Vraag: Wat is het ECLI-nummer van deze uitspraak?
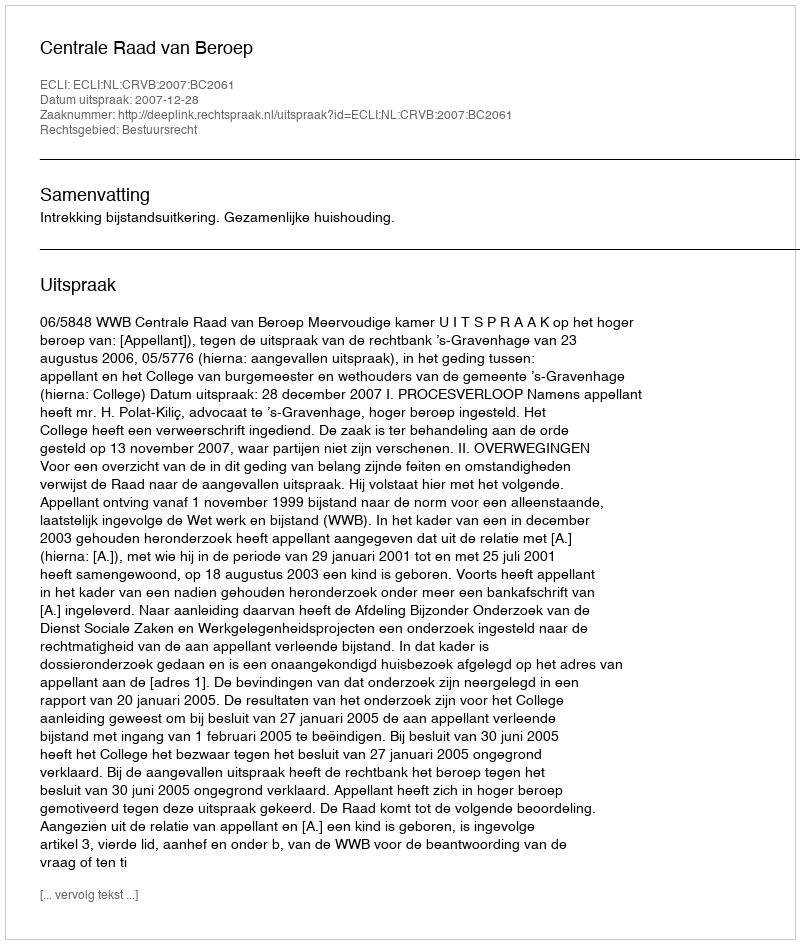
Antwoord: ECLI:NL:CRVB:2007:BC2061